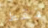
فقط